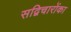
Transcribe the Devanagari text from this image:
सद्विचारोंका